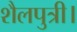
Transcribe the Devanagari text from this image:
शैलपुत्री।